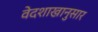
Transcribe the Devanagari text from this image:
वेदशाखानुसार